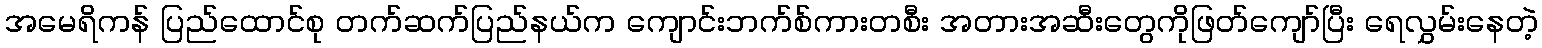
အမေရိကန် ပြည်ထောင်စု တက်ဆက်ပြည်နယ်က ကျောင်းဘက်စ်ကားတစီး အတားအဆီးတွေကိုဖြတ်ကျော်ပြီး ရေလွှမ်းနေတဲ့